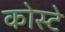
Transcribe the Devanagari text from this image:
कोस्टे